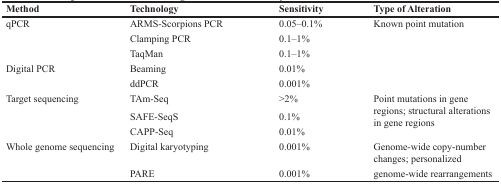
<table><thead><tr><td><b>Method</b></td><td><b>Technology</b></td><td><b>Sensitivity</b></td><td><b>Type of Alteration</b></td></tr></thead><tbody><tr><td rowspan="3">qPCR</td><td>ARMS-Scorpions PCR</td><td>0.05–0.1%</td><td rowspan="3">Known point mutation</td></tr><tr><td>Clamping PCR</td><td>0.1–1%</td></tr><tr><td>TaqMan</td><td>0.1–1%</td></tr><tr><td rowspan="2">Digital PCR</td><td>Beaming</td><td>0.01%</td><td rowspan="2"></td></tr><tr><td>ddPCR</td><td>0.001%</td></tr><tr><td rowspan="3">Target sequencing</td><td>TAm-Seq</td><td>&gt;2%</td><td rowspan="3">Point mutations in gene regions; structural alterations in gene regions</td></tr><tr><td>SAFE-SeqS</td><td>0.1%</td></tr><tr><td>CAPP-Seq</td><td>0.01%</td></tr><tr><td rowspan="2">Whole genome sequencing</td><td>Digital karyotyping</td><td>0.001%</td><td>Genome-wide copy-number changes; personalized</td></tr><tr><td>PARE</td><td>0.001%</td><td>genome-wide rearrangements</td></tr></tbody></table>